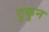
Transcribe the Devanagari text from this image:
टुकुन